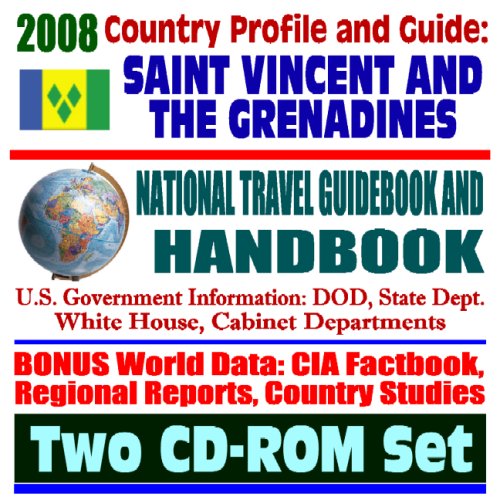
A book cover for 2008 Country Profile and Guide to St. Vincent and the Grenadines - National Travel Guidebook and Handbook - Caribbean Basin Initiative, Narcotics Control (Two CD-ROM Set); U.S. Government; Travel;